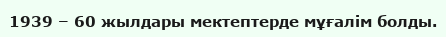
1939 – 60 жылдары мектептерде мұғалім болды.